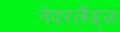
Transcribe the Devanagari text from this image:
नेदरलैंड्ज़